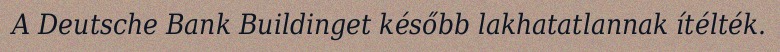
A Deutsche Bank Buildinget később lakhatatlannak ítélték.